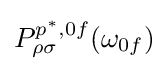
P_{\rho \sigma }^{p^{*},0f}(\omega _{0f})